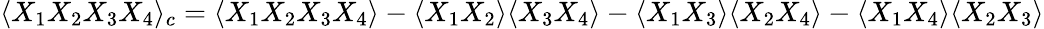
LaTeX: \langle X_{1}X_{2}X_{3}X_{4}\rangle_{c}=\langle X_{1}X_{2}X_{3}X_{4}\rangle-\langle X_{1}X_{2}\rangle\langle X_{3}X_{4}\rangle-\langle X_{1}X_{3}\rangle\langle X_{2}X_{4}\rangle-\langle X_{1}X_{4}\rangle\langle X_{2}X_{3}\rangle